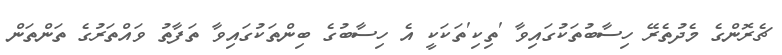
ޗެރޮންގެ މެދުތެރޭ ހިސާބުތަކުގައިވާ 'ތިކި'ތަކަކީ އެ ހިސާބުގެ ބިންތަކުގައިވާ ތަފާތު ވައްތަރުގެ ތަންތަން